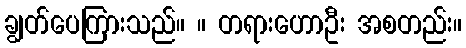
ချွတ်ပေကြားသည်။ ။ တရားဟောဦး အစတည်း။